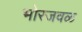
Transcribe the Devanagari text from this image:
भोरजवळ